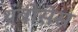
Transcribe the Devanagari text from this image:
थ्रंबोसेस